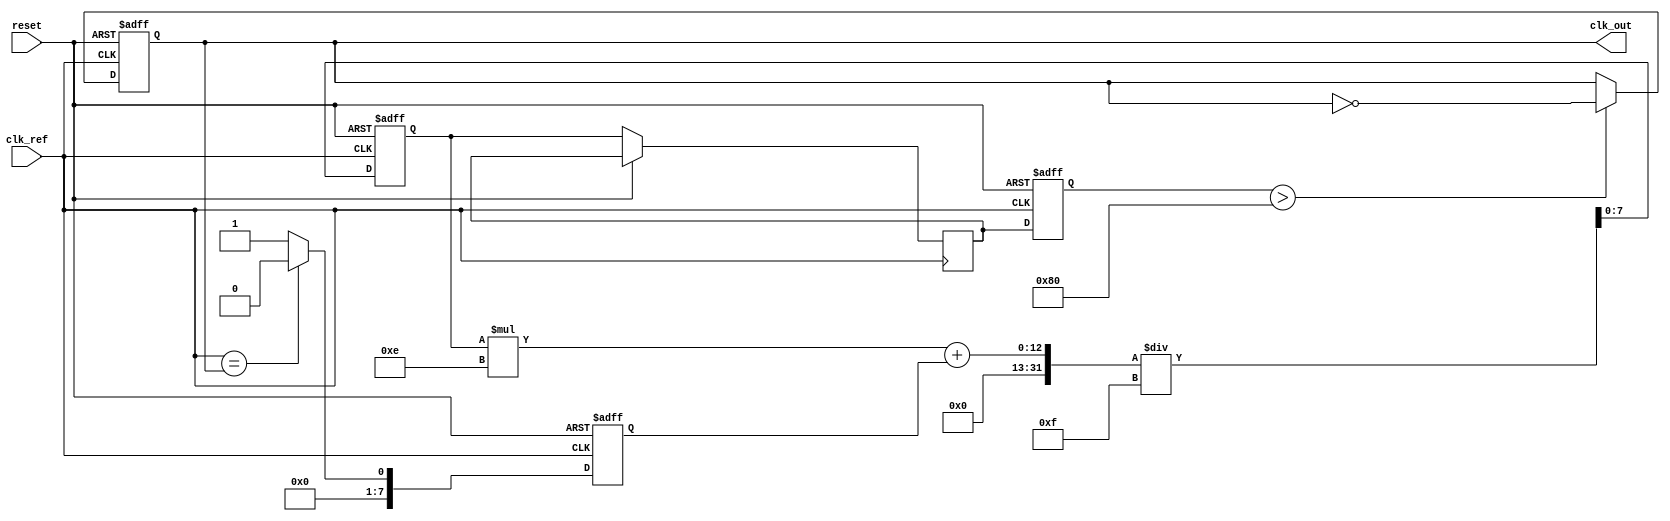
module MemoryBlocksAnalogPLL (
    input wire clk_ref,          // Reference clock input
    input wire reset,           // Reset signal
    output reg clk_out          // Output clock
);

// Parameters
parameter MEMORY_SIZE = 16;   // Size of the memory block
parameter LPF_COEFF = 8'h0F;  // Low-pass filter coefficient

// Internal signals
reg [MEMORY_SIZE-1:0] phase_memory; // Memory block for phase information
reg [7:0] phase_error;               // Phase error signal
reg [7:0] control_voltage;           // Control voltage for VCO
reg [7:0] vco_output;                // VCO output frequency
reg [7:0] lpf_output;                // Output of the low-pass filter

// Phase Detector (PD)
always @(posedge clk_ref or posedge reset) begin
    if (reset) begin
        phase_error <= 8'b0;
    end else begin
        // Simple phase comparison logic (for illustration)
        phase_error <= (clk_ref == clk_out) ? 8'b0 : 8'b1; // Phase error signal
    end
end

// Low-Pass Filter (LPF)
always @(posedge clk_ref or posedge reset) begin
    if (reset) begin
        lpf_output <= 8'b0;
    end else begin
        // Simple LPF implementation
        lpf_output <= (lpf_output * (LPF_COEFF - 1) + phase_error) / LPF_COEFF;
        control_voltage <= lpf_output; // Control voltage for VCO
    end
end

// Voltage-Controlled Oscillator (VCO)
always @(posedge clk_ref or posedge reset) begin
    if (reset) begin
        vco_output <= 8'b0;
        clk_out <= 1'b0;
    end else begin
        // Adjust VCO output based on control voltage
        vco_output <= control_voltage; // Simplified VCO output
        clk_out <= (vco_output > 128) ? ~clk_out : clk_out; // Toggle clock based on VCO output
    end
end

// Memory Block for phase information
always @(posedge clk_ref or posedge reset) begin
    if (reset) begin
        phase_memory <= {MEMORY_SIZE{1'b0}}; // Initialize memory
    end else begin
        // Store phase information (simple shift register implementation)
        phase_memory <= {phase_memory[MEMORY_SIZE-2:0], phase_error}; // Shift in phase error
    end
end

endmodule